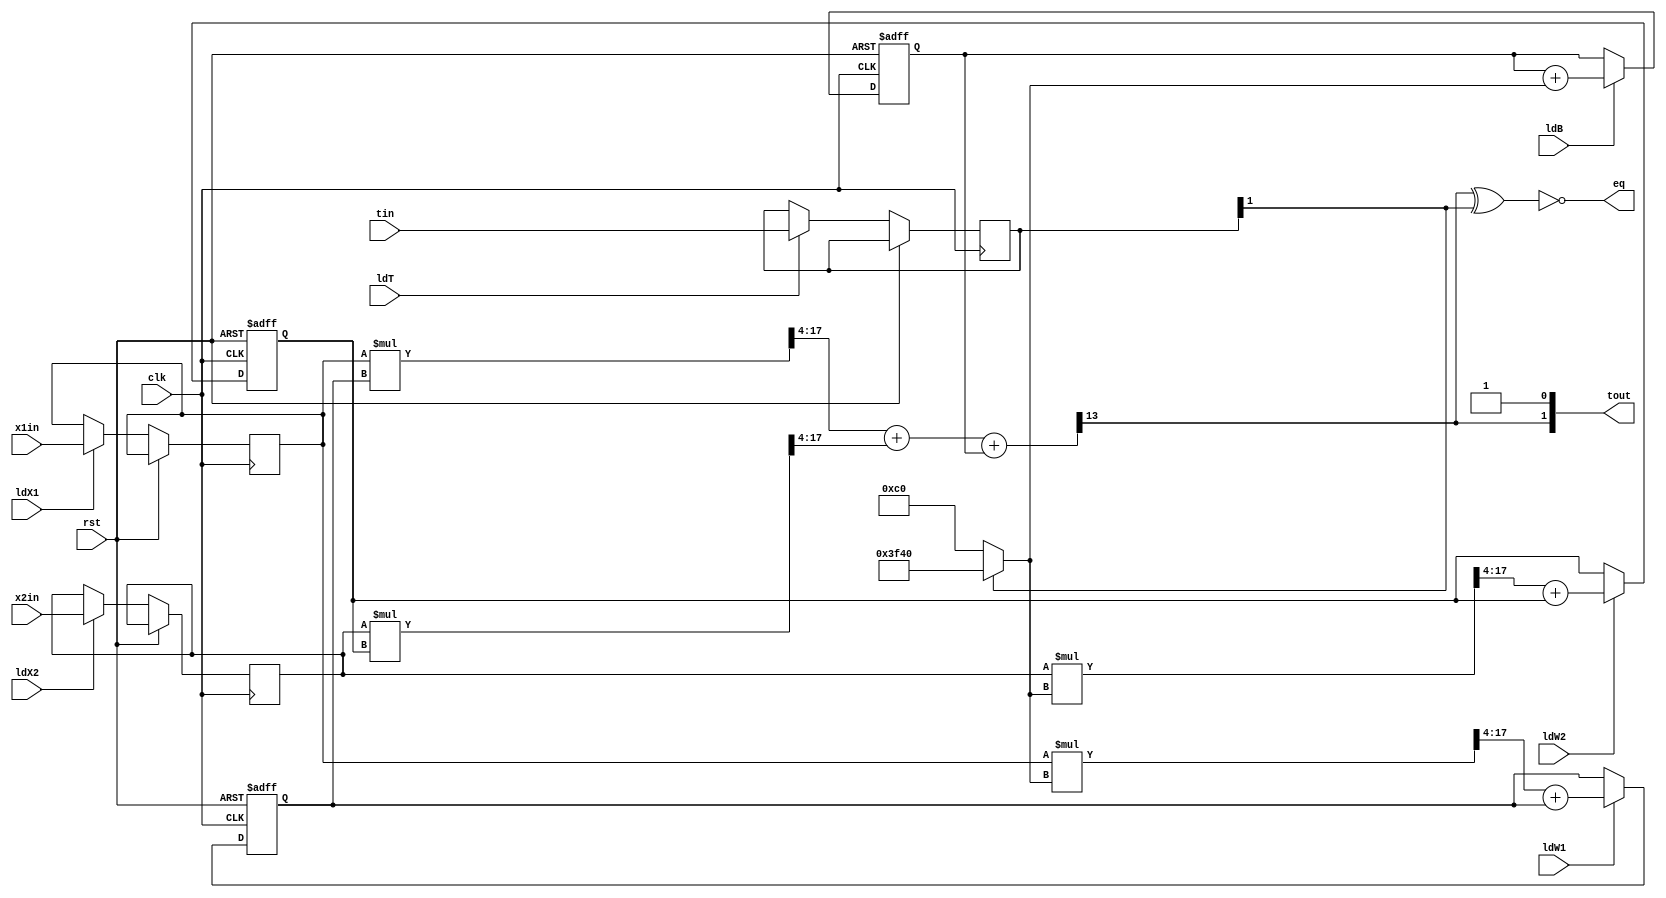
`timescale 1ns/1ns
module datapath(
    input clk , rst , ldW1 , ldW2 , ldX1 , ldX2 , ldT , ldB,
    input signed [6:0] x1in, x2in,
    input signed [1:0] tin,
    output signed [1:0] tout,
    output eq
);
    reg signed [1:0] t ;
    reg signed [6:0] x1 , x2 ;
    reg signed [13:0] w1 , w2 , b ;

    reg signed [13:0] posAlpha = 14'b00000011000000;
    reg signed [13:0] negAlpha = 14'b11111101000000;

    wire signed [20:0] m1 , m2 , mw1 , mw2 ;
    wire signed [13:0] s , sw1 , sw2 , sb ;
    wire signed [13:0] alphaT ;

    assign alphaT = t[1] ? negAlpha : posAlpha ;

    assign m1 = x1 * w1 ;
    assign m2 = x2 * w2 ;

    assign s = m1[17:4] + m2[17:4] + b ;

    assign eq = ~(s[13] ^ t[1]) ;

    assign mw1 = x1 * alphaT ;
    assign mw2 = x2 * alphaT ;

    assign sw1 = mw1[17:4] + w1;
    assign sw2 = mw2[17:4] + w2;
    assign sb  = b + alphaT;

    always @(posedge clk, posedge rst) begin
        if (rst) begin
            w1 = 0 ; w2 = 0 ; b = 0 ;
        end
        else begin
            x1 = ldX1 ? x1in : x1;
            x2 = ldX2 ? x2in : x2;
            t  = ldT  ? tin  : t ;

            w1 = ldW1 ? sw1 : w1 ;
            w2 = ldW2 ? sw2 : w2 ;
            b  = ldB  ? sb  : b  ;
        end
    end

    assign tout = { s[13] , 1'b1 } ;
endmodule // datapath